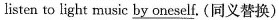
listen to light music \underline{by oneself}. (同义替换)